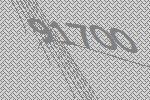
91700